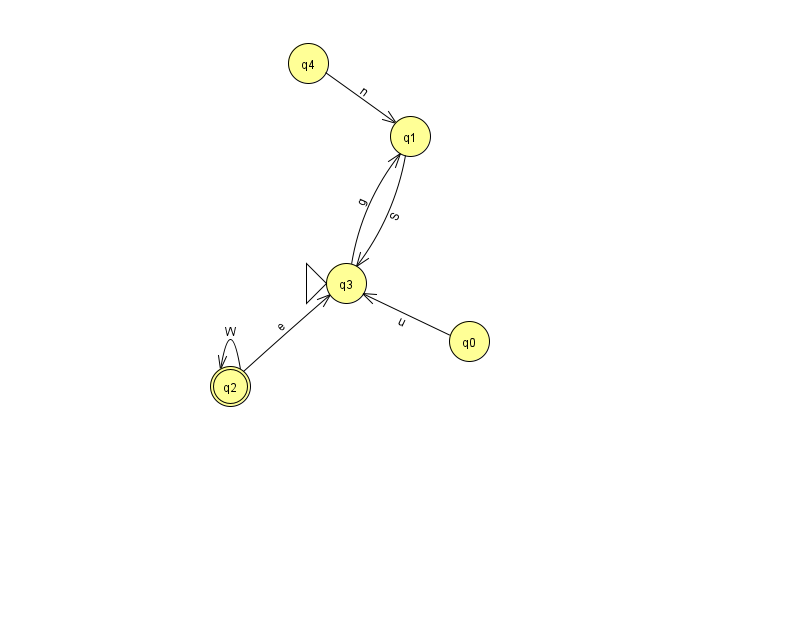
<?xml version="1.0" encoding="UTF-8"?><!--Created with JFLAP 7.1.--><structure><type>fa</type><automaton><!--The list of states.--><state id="0" name="q0"><x>469.0</x><y>328.0</y></state><state id="1" name="q1"><x>410.0</x><y>123.0</y></state><state id="2" name="q2"><x>230.0</x><y>373.0</y><final/></state><state id="3" name="q3"><x>346.0</x><y>270.0</y><initial/></state><state id="4" name="q4"><x>308.0</x><y>50.0</y></state><!--The list of transitions.--><transition><from>0</from><to>3</to><read>u</read></transition><transition><from>2</from><to>2</to><read>W</read></transition><transition><from>4</from><to>1</to><read>n</read></transition><transition><from>1</from><to>3</to><read>S</read></transition><transition><from>2</from><to>3</to><read>e</read></transition><transition><from>3</from><to>1</to><read>g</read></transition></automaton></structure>